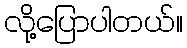
လို့ပြောပါတယ်။